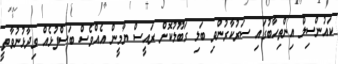
ކައުންސިލް އިންތިހާބުގައި ސަރުކާރުންވި ބަލި ގަބޫލުކޮށް ރައީސް ޔާމީން އެއްވެސް ބަސްފުޅެއް ވިދާޅުނުވާތީ